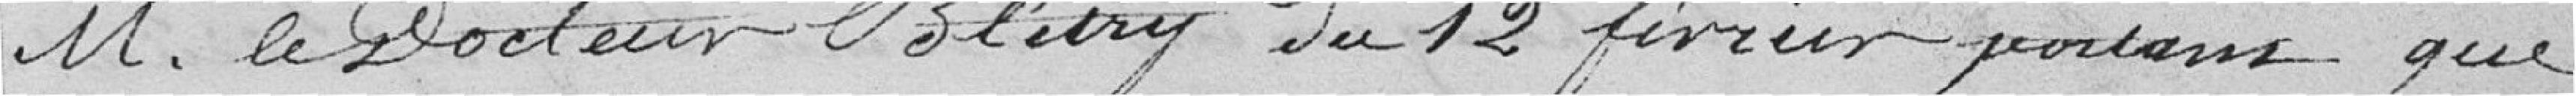
Monsieur le Docteur Blétry du 12 février portant que